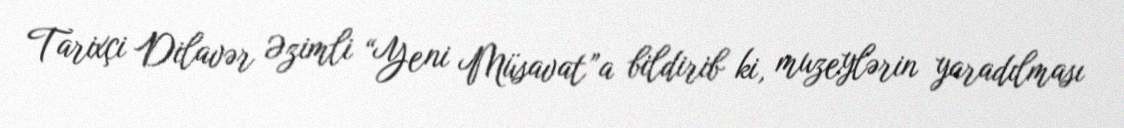
Tarixçi Dilavər Əzimli “Yeni Müsavat”a bildirib ki, muzeylərin yaradılması